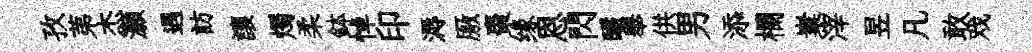
孜苐杰灝遇訪讓燭柔鉢悼印溽厫棗缘恩閃釅舉供男添欄嶪滓昱凡敢戏